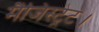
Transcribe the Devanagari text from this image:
मैजिस्ट्रेट।